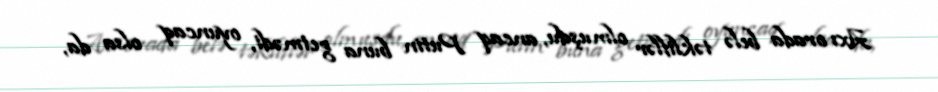
Axı orada belə təkliflər olmuşdu, ancaq Putin buna getmədi, oyuncaq olsa da,